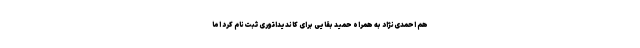
هم احمدی‌نژاد به همراه حمید بقایی برای کاندیداتوری ثبت‌نام کرد اما